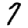
Digit: 7